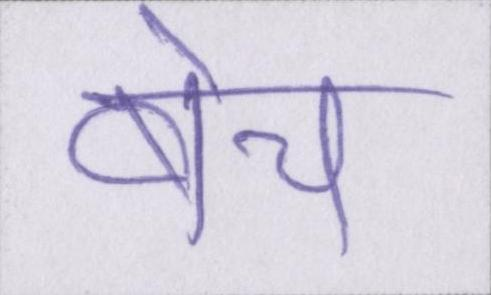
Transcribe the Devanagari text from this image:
बेच